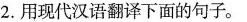
2.用现代汉语翻译下面的句子。